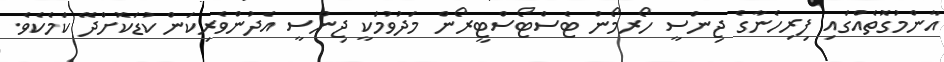
އާންމުގޮތެއްގައި ފިރިހެނާގެ ޖިންސީ ހޯރމޯން ޓެސްޓޯސްޓީރޯން މަދުވުމަކީ ޖިންސީ އެދުންވެރިކަން ކުޑަކޮށްދޭ ކަމެކެވެ.